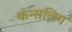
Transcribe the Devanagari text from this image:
कन्सलिग